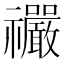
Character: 𫀤